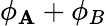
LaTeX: \phi_{\mathbf{A}}+\phi_{B}